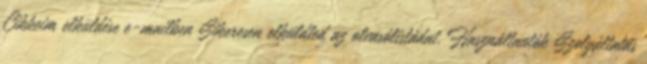
Cikkeim elküldése e-mailben Sikeresen elküldted az olvasólistádat. Használtautók Szolgáltatás